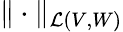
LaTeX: \| \cdot\| _{\mathcal{L}(V,W)}